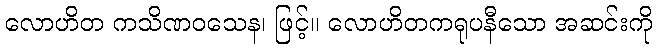
လောဟိတ ကသိဏဝသေန၊ ဖြင့်။ လောဟိတကရုပနီသော အဆင်းကို